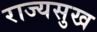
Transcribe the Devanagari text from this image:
राज्यसुख